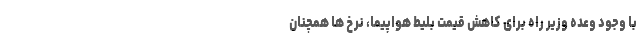
با وجود وعده وزیر راه برای کاهش قیمت بلیط هواپیما، نرخ‌ ها همچنان